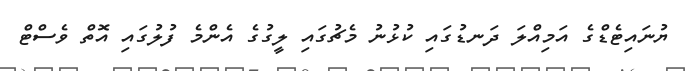
ޔުނައިޓެޑްގެ އަމިއްލަ ދަނޑުގައި ކުޅުނު މެޗުގައި ލީގުގެ އެންމެ ފުލުގައި އޮތް ވެސްޓް